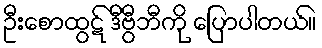
ဦးစောထွဋ် ဒီဗွီဘီကို ပြောပါတယ်။